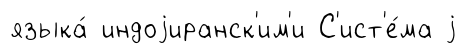
языка́ индоjиранск'им'и С'ист'е́ма j